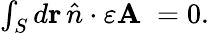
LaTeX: \begin{array}{r}{\int_{S}d\mathbf{r}\, \hat{n}\cdot\varepsilon\mathbf{A}\; =0.}\end{array}